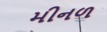
મીનળ